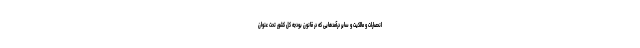
انحصارات و مالکیت و سایر درآمدهایی که در قانون بودجه کل کشور تحت عنوان